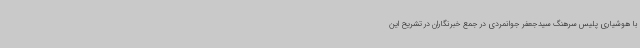
با هوشیاری پلیس سرهنگ سیدجعفر جوانمردی در جمع خبرنگاران در تشریح این